Scottish Leaving Certificate Examination, 1960
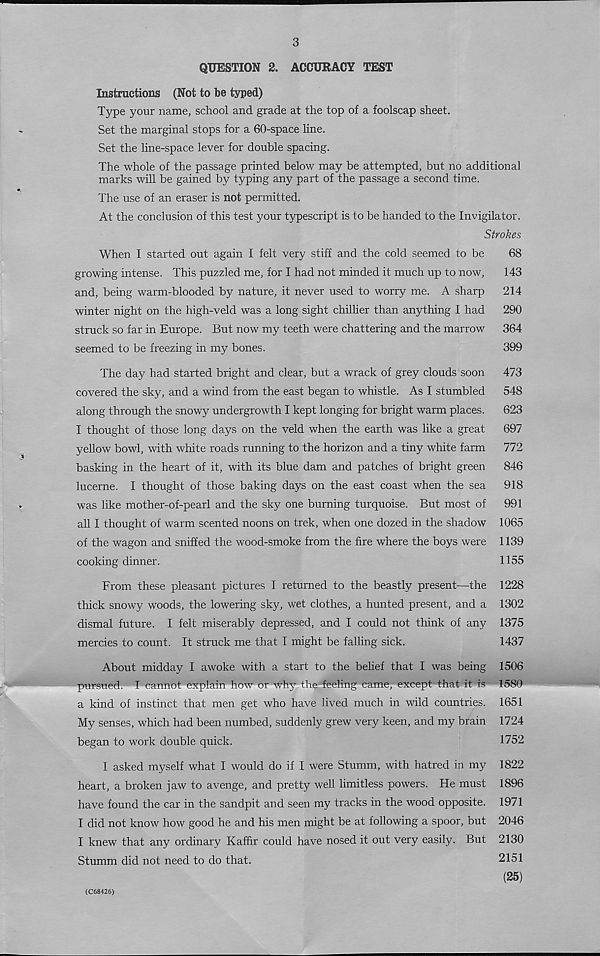
3
QUESTION 2. ACCURACY TEST
Instructions (Not to be typed)
Type your name, school and grade at the top of a foolscap sheet.
Set the marginal stops for a 60-space line.
Set the line-space lever for double spacing.
The whole of the passage printed below may be attempted, but no additional
marks will be gained by typing any part of the passage a second time.
The use of an eraser is not permitted.
At the conclusion of this test your typescript is to be handed to the Invigilator.
Strokes
When I started out again I felt very stiff and the cold seemed to be
68
growing intense. This puzzled me, for I had not minded it much up to now,
143
and, being warm-blooded by nature, it never used to worry me. A sharp
214
winter night on the high-veld was a long sight chillier than anything I had
290
struck so far in Europe. But now my teeth were chattering and the marrow
364
seemed to be freezing in my bones.
399
The day had started bright and clear, but a wrack of grey clouds soon
473
covered the sky, and a wind from the east began to whistle. As I stumbled
548
along through the snowy undergrowth I kept longing for bright warm places.
623
I thought of those long days on the veld when the earth was like a great
697
yellow bowl, with white roads running to the horizon and a tiny white farm
772
basking in the heart of it, with its blue dam and patches of bright green
846
lucerne. I thought of those baking days on the east coast when the sea
918
was like mother-of-pearl and the sky one burning turquoise. But most of
991
all I thought of warm scented noons on trek, when one dozed in the shadow 1065
of the wagon and sniffed the wood-smoke from the fire where the boys were 1139
cooking dinner.
1155
From these pleasant pictures I returned to the beastly present—the 1228
thick snowy woods, the lowering sky, wet clothes, a hunted present, and a 1302
dismal future. I felt miserably depressed, and I could not think of any 1375
mercies to count. It struck me that I might be falling sick.
1437
About midday I awoke with a start to the belief that I was being 1506
pursued. I cannot explain how or why the feeling came, except that it is 1580
a kind of instinct that men get who have lived much in wild countries. 1651
My senses, which had been numbed, suddenly grew very keen, and my brain 1724
began to work double quick.
1752
I asked myself what I would do if I were Stumm, with hatred in my 1822
heart, a broken jaw to avenge, and pretty well limitless powers. He must 1896
have found the car in the sandpit and seen my tracks in the wood opposite. 1971
I did not know how good he and his men might be at following a spoor, but 2046
I knew that any ordinary Kaffir could have nosed it out very easily. But 2130
Stumm did not need to do that.
2151
(25)
(C68426)